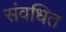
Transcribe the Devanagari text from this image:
संवधित